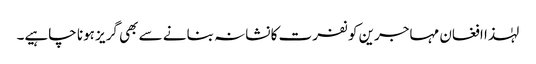
لہٰذا افغان مہاجرین کو نفرت کا نشانہ بنانے سے بھی گریز ہونا چاہیے۔